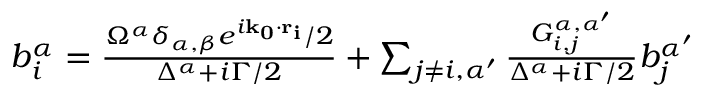
\begin{array} { r } { b _ { i } ^ { \alpha } = \frac { \Omega ^ { \alpha } \delta _ { \alpha , \beta } e ^ { i \mathbf { k _ { 0 } \cdot r _ { i } } } / 2 } { \Delta ^ { \alpha } + i \Gamma / 2 } + \sum _ { j \neq i , \alpha ^ { \prime } } \frac { G _ { i , j } ^ { \alpha , \alpha ^ { \prime } } } { \Delta ^ { \alpha } + i \Gamma / 2 } b _ { j } ^ { \alpha ^ { \prime } } } \end{array}